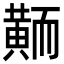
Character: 𪎿